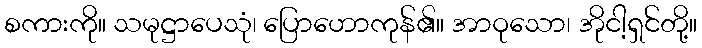
စကားကို။ သမုဋ္ဌာပေသုံ၊ ပြောဟောကုန်၏။ အာဝုသော၊ အိုငါ့ရှင်တို့။